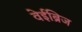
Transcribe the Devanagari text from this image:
वेईब्रिज